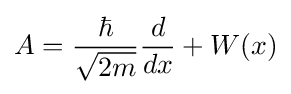
A={\frac {\hbar }{\sqrt {2m}}}{\frac {d}{dx}}+W(x)